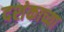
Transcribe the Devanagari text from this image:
दशंकाच्या